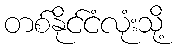
တစ်နိုင်ငံလုံးသို့